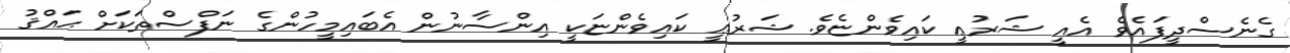
ގެނެސްދީފައެވެ އެއީ ޝަރުޢީ ކައިވެންޏެވެ. ޝަރުޢީ ކައިވެންޏަކީ އިންސާނުން އެބައިމީހުންގެ ނަފްސްތަކަށް ޙައްޤު